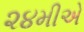
૨૪મીએ